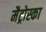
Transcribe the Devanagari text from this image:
मैट्रोस्का